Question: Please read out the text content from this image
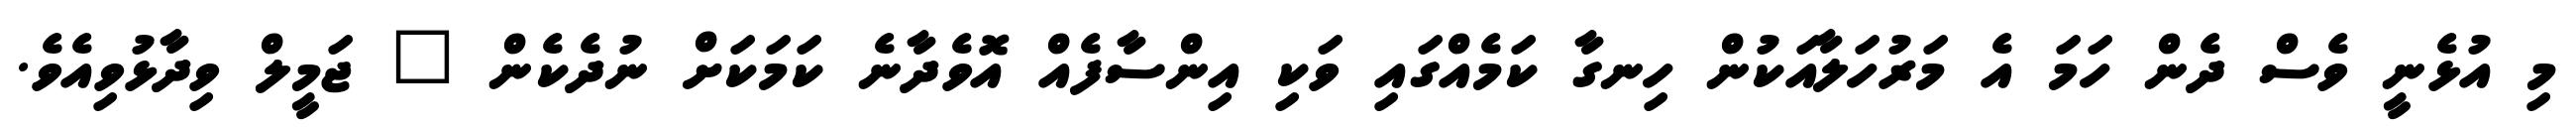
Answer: މި އުޅެނީ ވެސް ދެން ހަމަ އެ މަރުހަލާއަކުން ހިނގާ ކަމެއްގައި ވަކި އިންސާފެއް އޮވެދާނެ ކަމަކަށް ނުދެކެން " ޖަމީލް ވިދާޅުވިއެވެ.